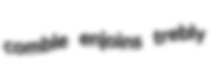
comble enjoins trebly